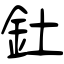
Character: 釷